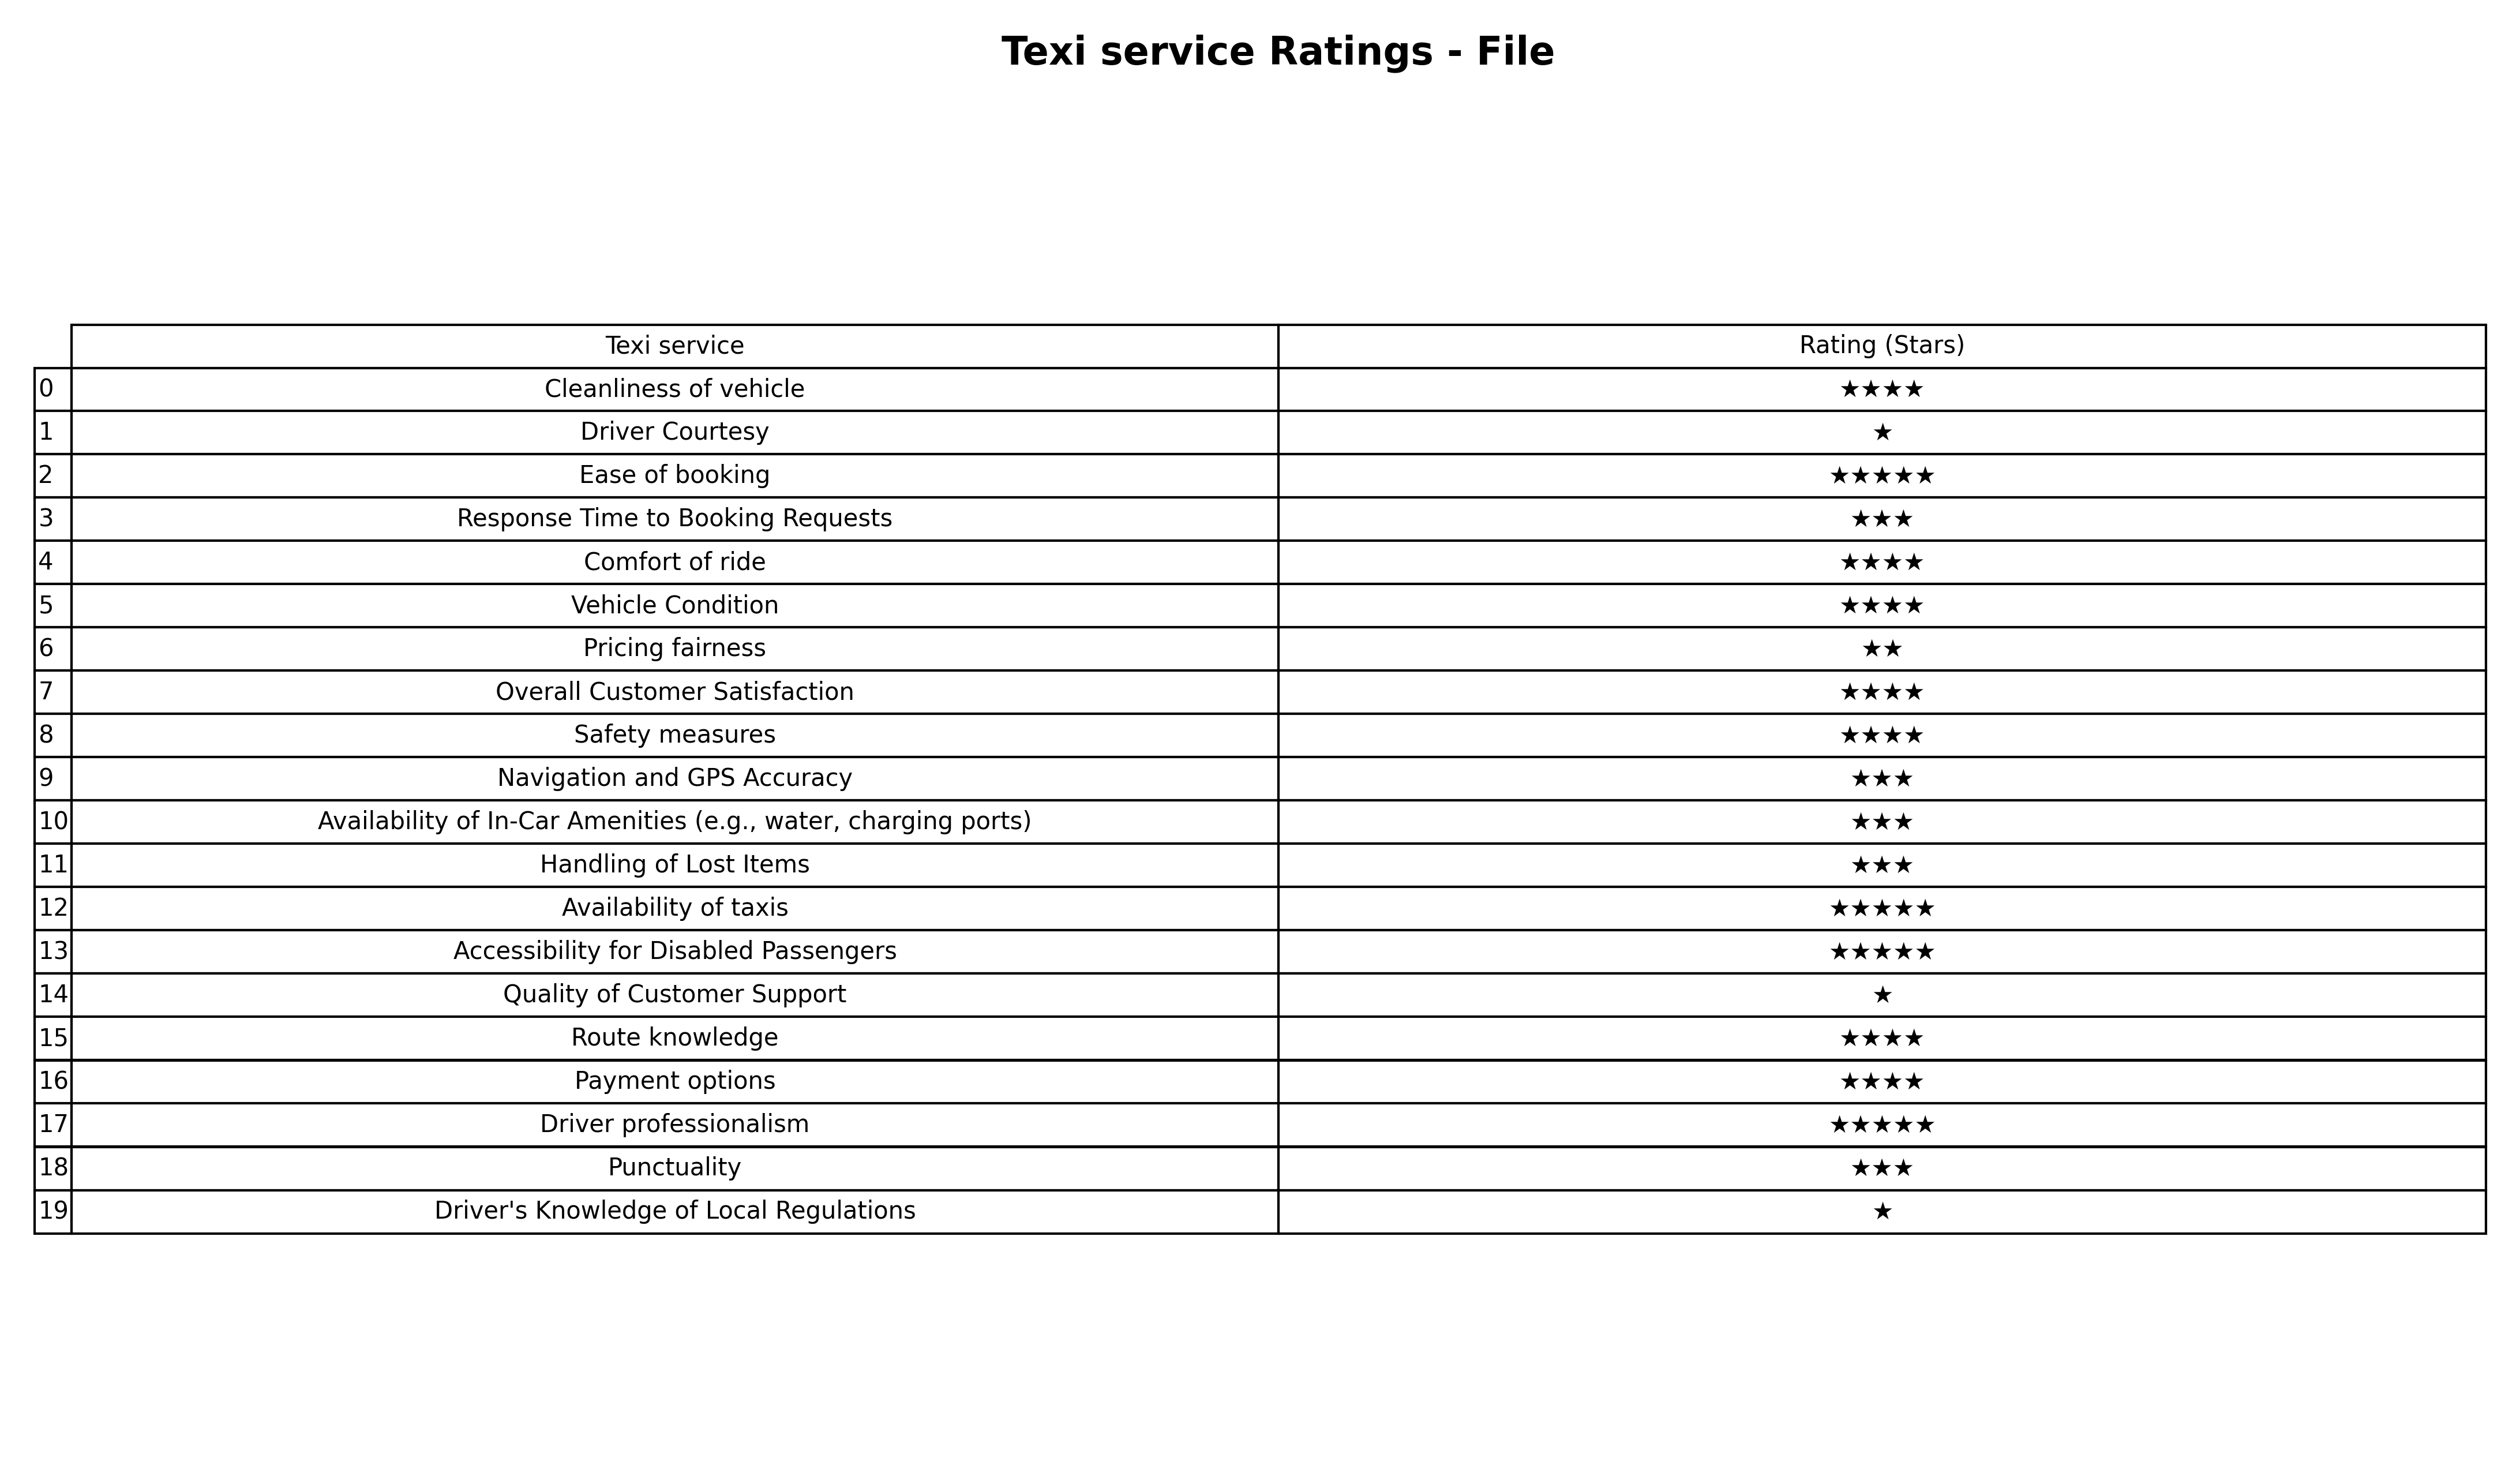
question: What is the rating of Driver's Knowledge of Local Regulations?
answer: ★